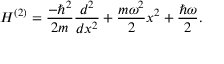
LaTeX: H ^ { ( 2 ) } = { \frac { - \hbar ^ { 2 } } { 2 m } } { \frac { d ^ { 2 } } { d x ^ { 2 } } } + { \frac { m \omega ^ { 2 } } { 2 } } x ^ { 2 } + { \frac { \hbar \omega } { 2 } } .